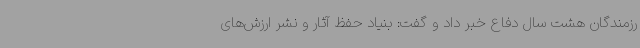
رزمندگان هشت سال دفاع خبر داد و گفت: بنیاد حفظ آثار و نشر ارزش‌های